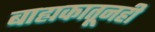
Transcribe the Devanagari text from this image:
बाह्यकातूनही